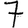
Digit: 7